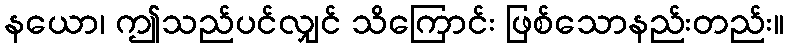
နယော၊ ဤသည်ပင်လျှင် သိကြောင်း ဖြစ်သောနည်းတည်း။